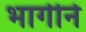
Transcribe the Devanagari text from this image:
भागीने